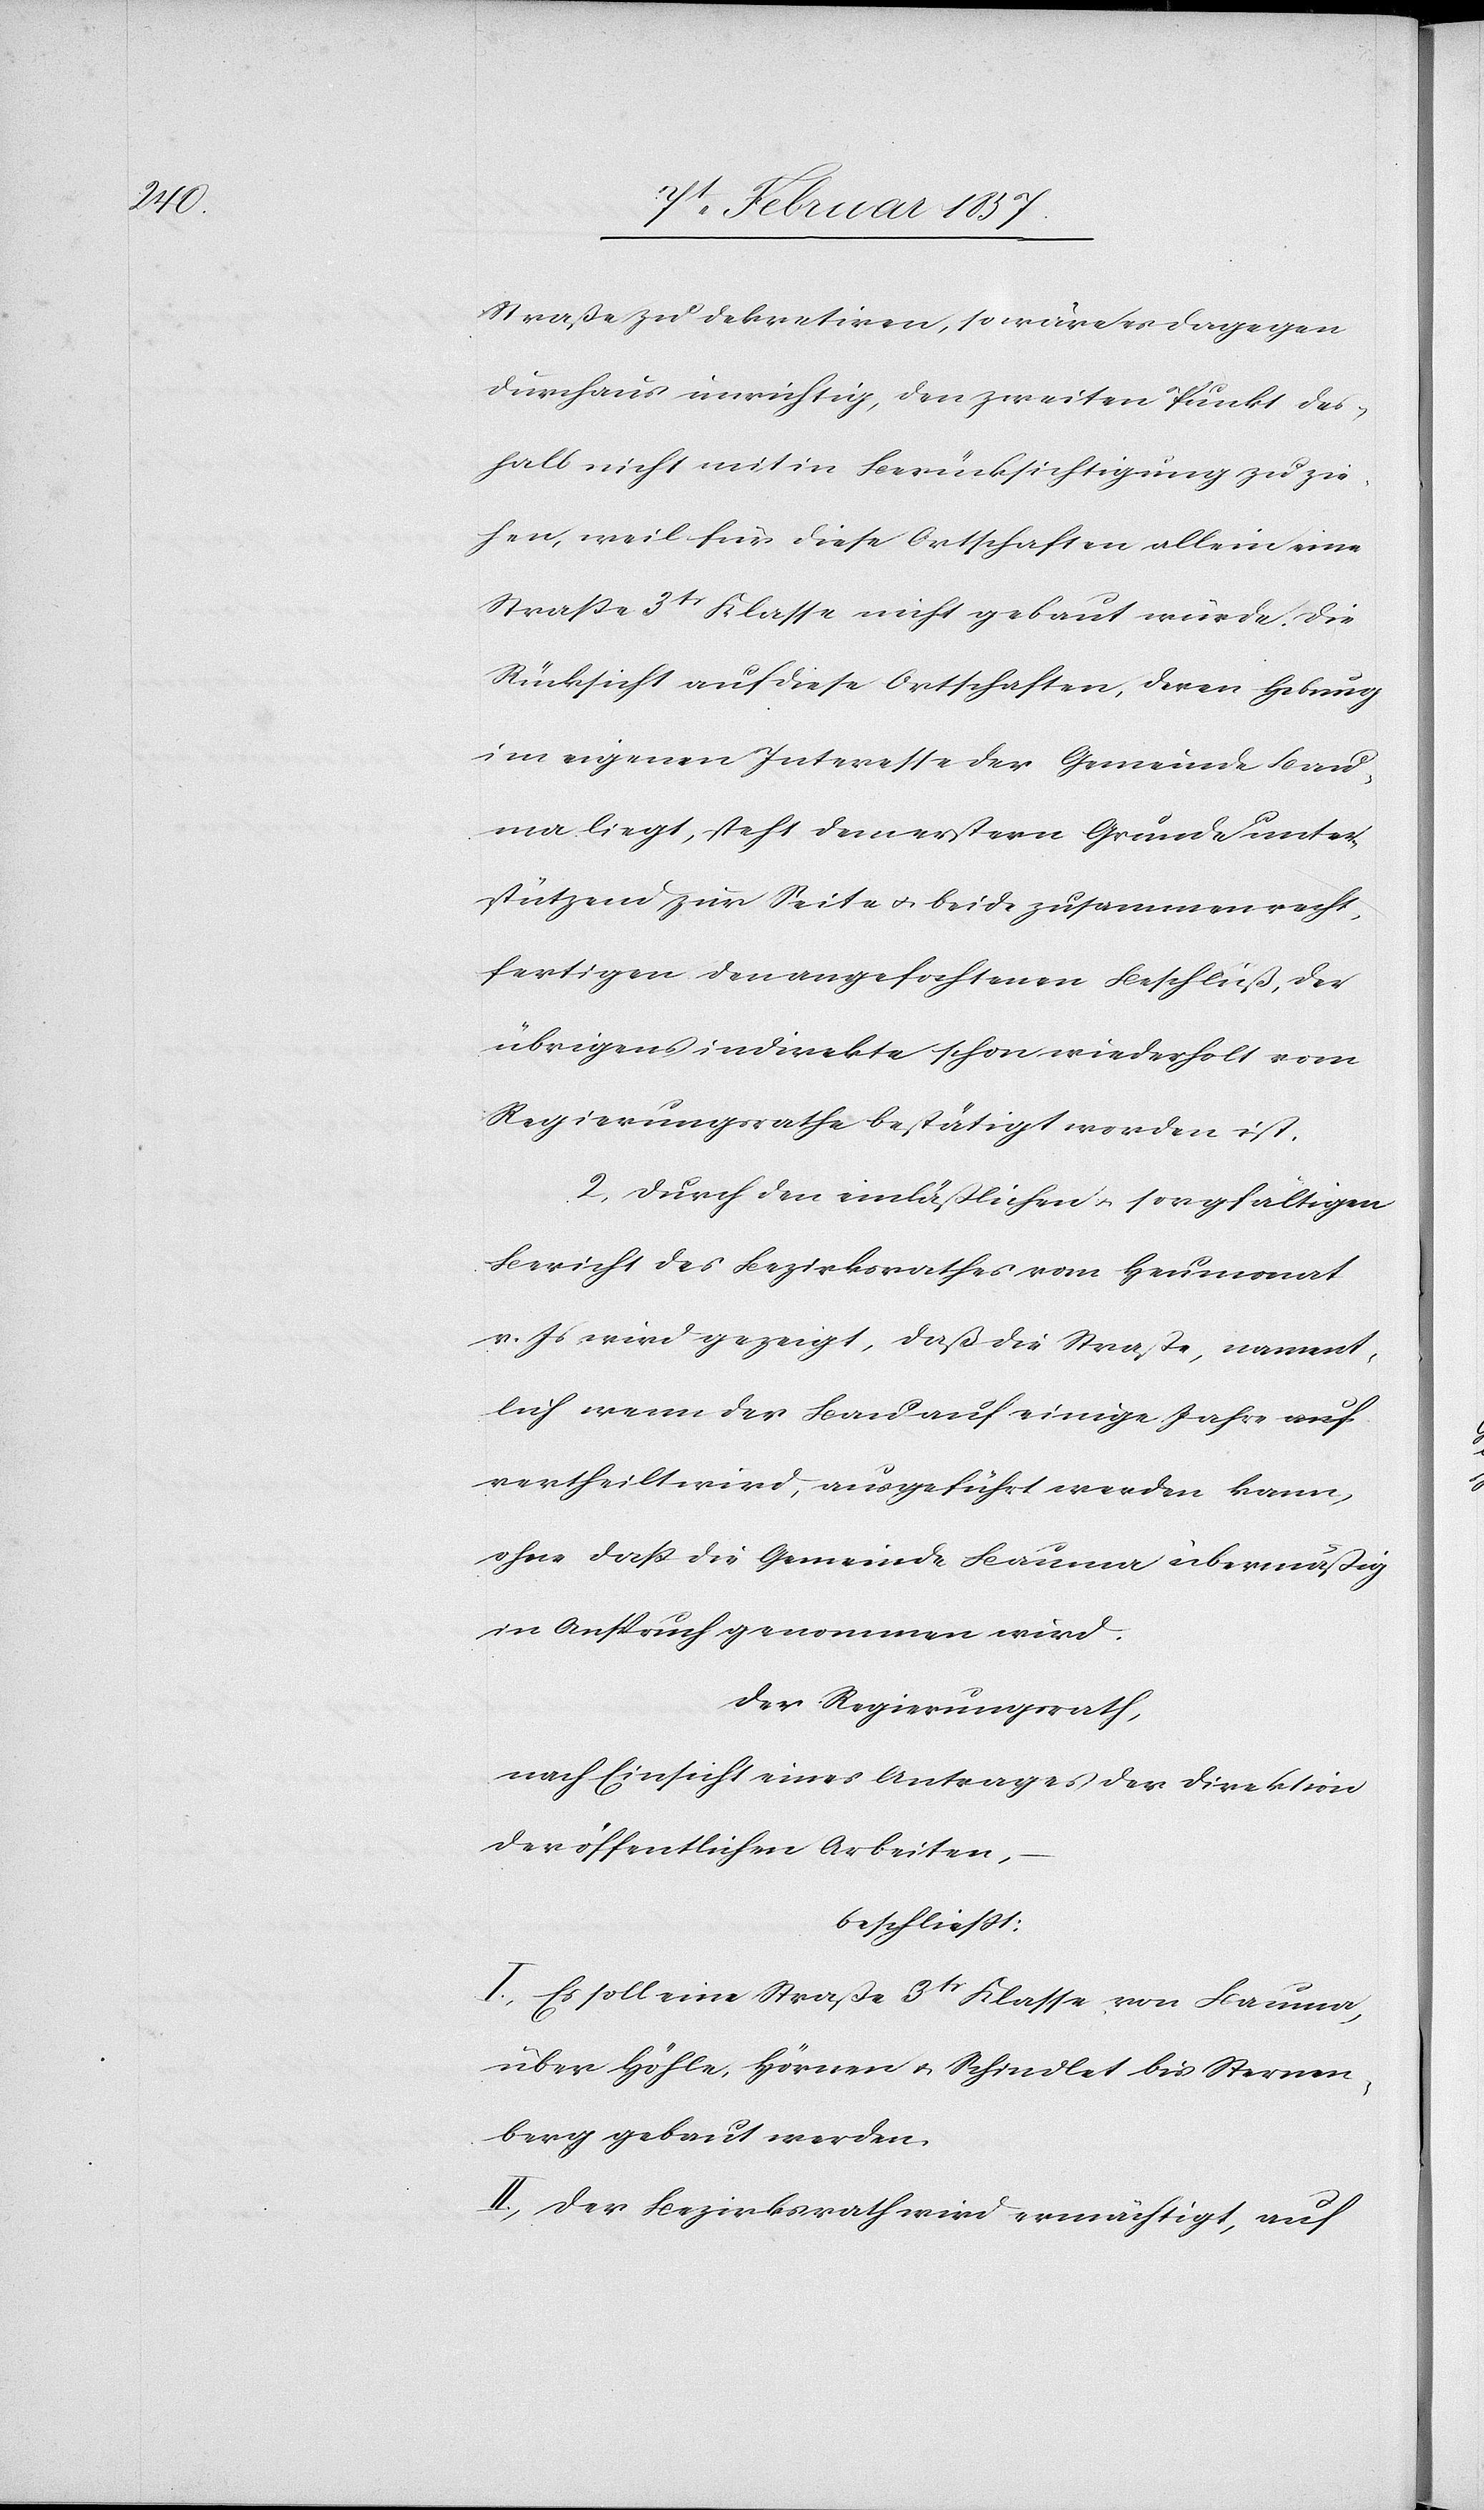
Straße zu dekretiren, so wäre es dagegen
durchaus unrichtig, den zweiten Punkt des¬
halb nicht mit in Berücksichtigung zu zie¬
hen, weil für diese Ortschaften alle in eine
Straße 3tr Klasse nicht gebaut würde. Die
Rücksicht auf diese Ortschaften, deren Hebung
im eigenen Interesse der Gemeinde Bau¬
ma liegt, steht dem erstern Grunde unter¬
stützend zur Seite u. beide zusammen recht¬
fertigen den angefochtenen Beschluß, der
übrigens indirekte schon wiederholt vom
Regierungsrathe bestätigt worden ist.
2. Durch den einläßlichen u. sorgfältigen
Bericht des Bezirksrathes vom Heumonat
v. Js wird gezeigt, daß die Straße, nament¬
lich wenn der Bau auf einige Jahre
vertheilt wird, ausgeführt werden kann,
ohne daß die Gemeinde Bauma übermäßig
in Anspruch genommen wird.
Der Regierungsrath,
nach Einsicht eines Antrages der Direktion
der öffentlichen Arbeiten,
beschließt:
I. Es solle eine Straße 3tr Klasse von Bauma
über Höhle, Hörnen u. Schindlet bis Sternen¬
berg gebaut werden.
II. Der Bezirksrath wird ermächtigt, auf